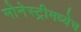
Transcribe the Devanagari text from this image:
मोनेस्ट्रीमध्येच